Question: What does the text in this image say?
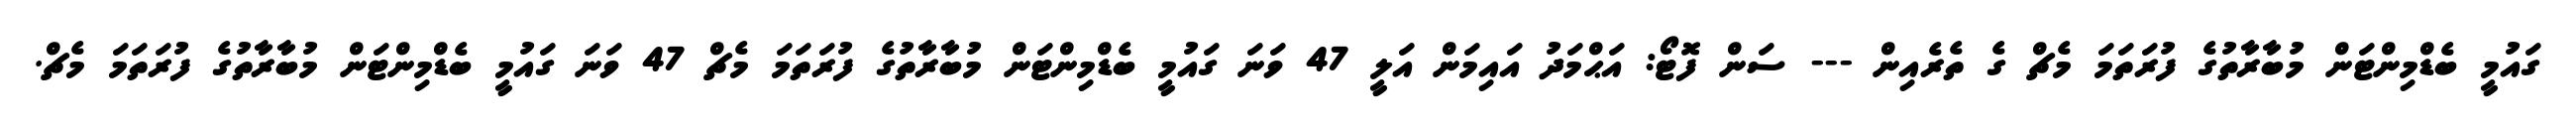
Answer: ގައުމީ ބެޑްމިންޓަން މުބާރާތުގެ ފުރަތަމަ މެޗް ގެ ތެރެއިން --- ސަން ފޮޓޯ: އަޙްމަދު އައިމަން އަލީ 47 ވަނަ ގައުމީ ބެޑްމިންޓަން މުބާރާތުގެ ފުރަތަމަ މެޗް 47 ވަނަ ގައުމީ ބެޑްމިންޓަން މުބާރާތުގެ ފުރަތަމަ މެޗް.